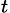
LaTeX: _t